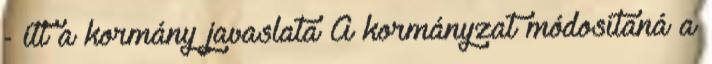
- itt a kormány javaslata A kormányzat módosítaná a